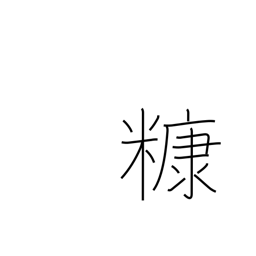
Meaning: rice bran